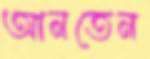
আনতেন